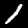
Label: 1